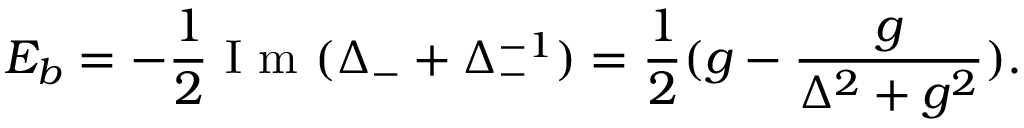
E _ { b } = - \frac { 1 } { 2 } \mathrm { ~ I ~ m ~ } ( \Delta _ { - } + \Delta _ { - } ^ { - 1 } ) = \frac { 1 } { 2 } ( g - \frac { g } { \Delta ^ { 2 } + g ^ { 2 } } ) .